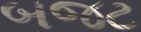
બજટ